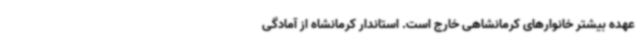
عهده بیشتر خانوارهای کرمانشاهی خارج است. استاندار کرمانشاه از آمادگی